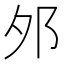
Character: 邜